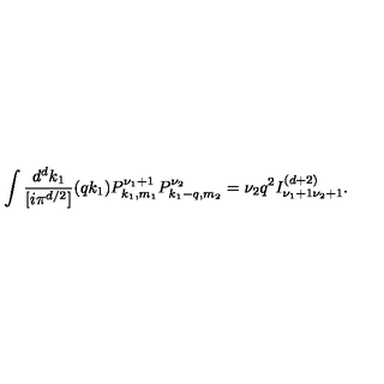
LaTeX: \int \frac { d ^ { d } k _ { 1 } } { [ i \pi ^ { d / 2 } ] } ( q k _ { 1 } ) P _ { k _ { 1 } , m _ { 1 } } ^ { \nu _ { 1 } + 1 } P _ { k _ { 1 } - q , m _ { 2 } } ^ { \nu _ { 2 } } = \nu _ { 2 } q ^ { 2 } I _ { \nu _ { 1 } + 1 \nu _ { 2 } + 1 } ^ { ( d + 2 ) } .